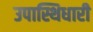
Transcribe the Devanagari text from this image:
उपास्थिधारी